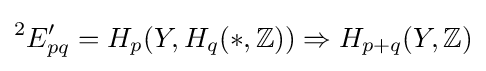
{}^{2}E'_{pq}=H_{p}(Y,H_{q}(*,\mathbb {Z} ))\Rightarrow H_{p+q}(Y,\mathbb {Z} )